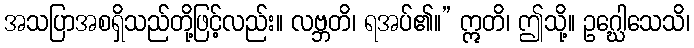
အသပြာအစရှိသည်တို့ဖြင့်လည်း။ လဗ္ဘတိ၊ ရအပ်၏။” ဣတိ၊ ဤသို့။ ဥဂ္ဃေါသေသိ၊